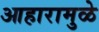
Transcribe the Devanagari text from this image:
आहारामुळे